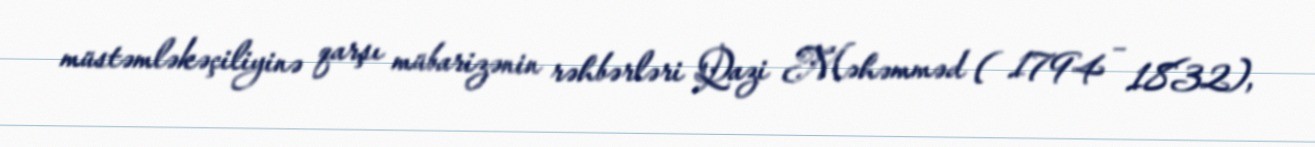
müstəmləkəçiliyinə qarşı mübarizənin rəhbərləri Qazi Məhəmməd ( 1794 – 1832),